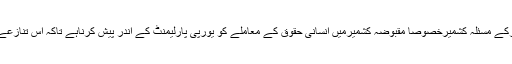
یادرہے کہ اس ایک ملین دستخطی مہم کا مقصدیورپی ممالک سے دس لاکھ افرادکے دستخط جمع کرکے مسئلہ کشمیرخصوصاً مقبوضہ کشمیرمیں انسانی حقوق کے معاملے کو یورپی پارلیمنٹ کے اندر پیش کرناہے تاکہ اس تنازعے کو زیادہ سے زیادہ اجاگرکیاجاسکے اور مقبوضہ کشمیرمیں جاری بھارتی مظالم کو روکاجاسکے۔